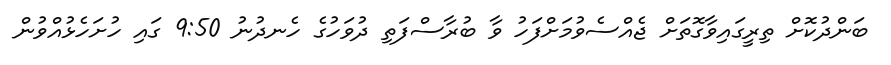
ބަންދުކޮށް ތިރީގައިވާގޮތަށް ޖެއްސެވުމަށްފަހު ވާ ބުރާސްފަތި ދުވަހުގެ ހެނދުނު 9:50 ގައި ހުށަހެޅުއްވުން